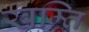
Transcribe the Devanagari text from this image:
खम्ति